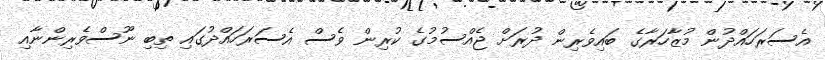
އެސަރަހައްދުން މުޒާހަރާގެ ބައިވެރިން ދުރަށް ޖެއްސުމުގެ ކުރިން ވެސް އެސަރަހައްދުގައި ތިބި ނޫސްވެރިންނާއި